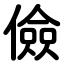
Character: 儉